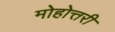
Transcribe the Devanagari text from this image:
मोहोत्तरी